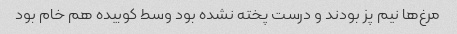
مرغ‌ها نیم پز بودند و درست پخته نشده بود وسط کوبیده هم خام بود